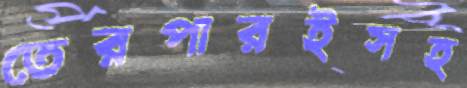
তেরপারইসহ